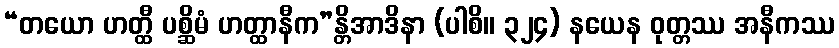
“တယော ဟတ္ထီ ပစ္ဆိမံ ဟတ္ထာနီက”န္တိအာဒိနာ (ပါစိ။ ၃၂၄) နယေန ဝုတ္တဿ အနီကဿ